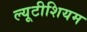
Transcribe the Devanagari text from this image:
ल्यूटीशियम